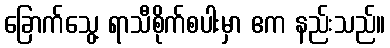
ခြောက်သွေ့ ရာသီစိုက်စပါးမှာ ဧက နည်းသည်။